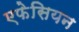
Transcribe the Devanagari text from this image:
एफेसियन